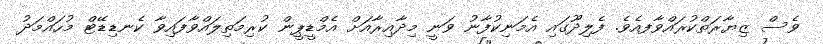
ވެސް ޒިޔާރަތްކުރައްވާފއެވެ. ފެލިދޫގައި އެމަނިކުފާނު ވަނީ މިދާއިރާއަށް އެމްޑީޕީން ކުރިމަތިލައްވާފައިވާ ކެނޑިޑޭޓް މުހައްމަދު